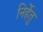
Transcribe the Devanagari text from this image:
निर्हेतु